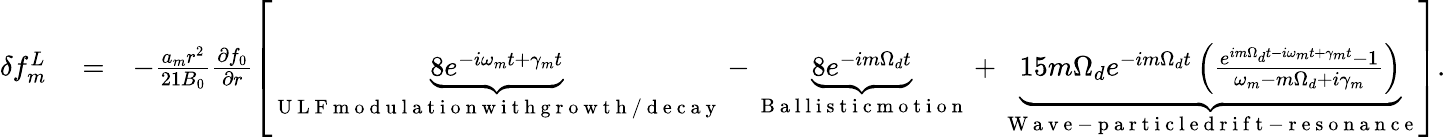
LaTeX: \begin{array}{rlr}{\delta f_{m}^{L}}&{{}=}&{-\frac{a_{m}r^{2}}{21B_{0}}\frac{\partial f_{0}}{\partial r}\left[\underbrace{8e^{-i\omega_{m}t+\gamma_{m}t}}_{\mathrm{~U~L~F~m~o~d~u~l~a~t~i~o~n~w~i~t~h~g~r~o~w~t~h~/~d~e~c~a~y~}}-\underbrace{{8}e^{-im\Omega_{d}t}}_{\mathrm{~B~a~l~l~i~s~t~i~c~m~o~t~i~o~n~}}+\underbrace{15m\Omega_{d}e^{-im\Omega_{d}t}\left(\frac{e^{im\Omega_{d}t-i\omega_{m}t+\gamma_{m}t}-1}{\omega_{m}-m\Omega_{d}+i\gamma_{m}}\right)}_{\mathrm{~W~a~v~e~-~p~a~r~t~i~c~l~e~d~r~i~f~t~-~r~e~s~o~n~a~n~c~e~}}\right].}\end{array}